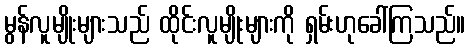
မွန်လူမျိုးများသည် ထိုင်းလူမျိုးများကို ရှမ်းဟုခေါ်ကြသည်။